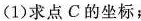
(1)求点C的坐标；